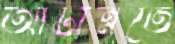
আটান্নতে